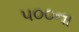
૫૦૦ના